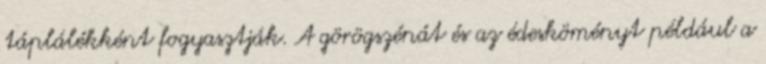
táplálékként fogyasztják. A görögszénát és az édesköményt például a